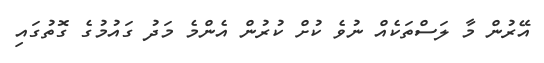
އޭރުން މާ ލަސްތަކެއް ނުވެ ކުށް ކުރުން އެންމެ މަދު ގައުމުގެ ގޮތުގައި